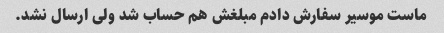
ماست موسیر سفارش دادم مبلغش هم حساب شد ولی ارسال نشد.